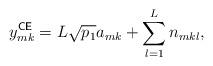
LaTeX: \begin{align*} y_{mk}^{\sf CE} = L \sqrt{p_1} a_{mk} + \sum \limits_{l=1}^L n_{mkl}, \end{align*}